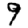
Digit: 9